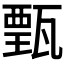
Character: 𤭾